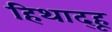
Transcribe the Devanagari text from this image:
हिथाद्हू